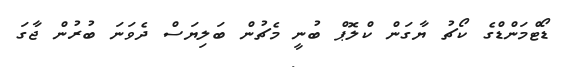
ޑޯޓްމަންޑްގެ ކޯޗު ޔާގަން ކްލޮޕް ބުނީ މެޗުން ބަލިޔަސް ދެވަނަ ބުރުން ޖާގަ